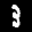
Label: 3